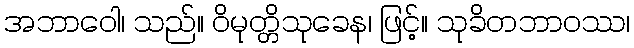
အဘာဝေါ၊ သည်။ ဝိမုတ္တိသုခေန၊ ဖြင့်။ သုခိတဘာဝဿ၊